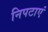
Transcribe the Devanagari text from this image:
निपटाएं